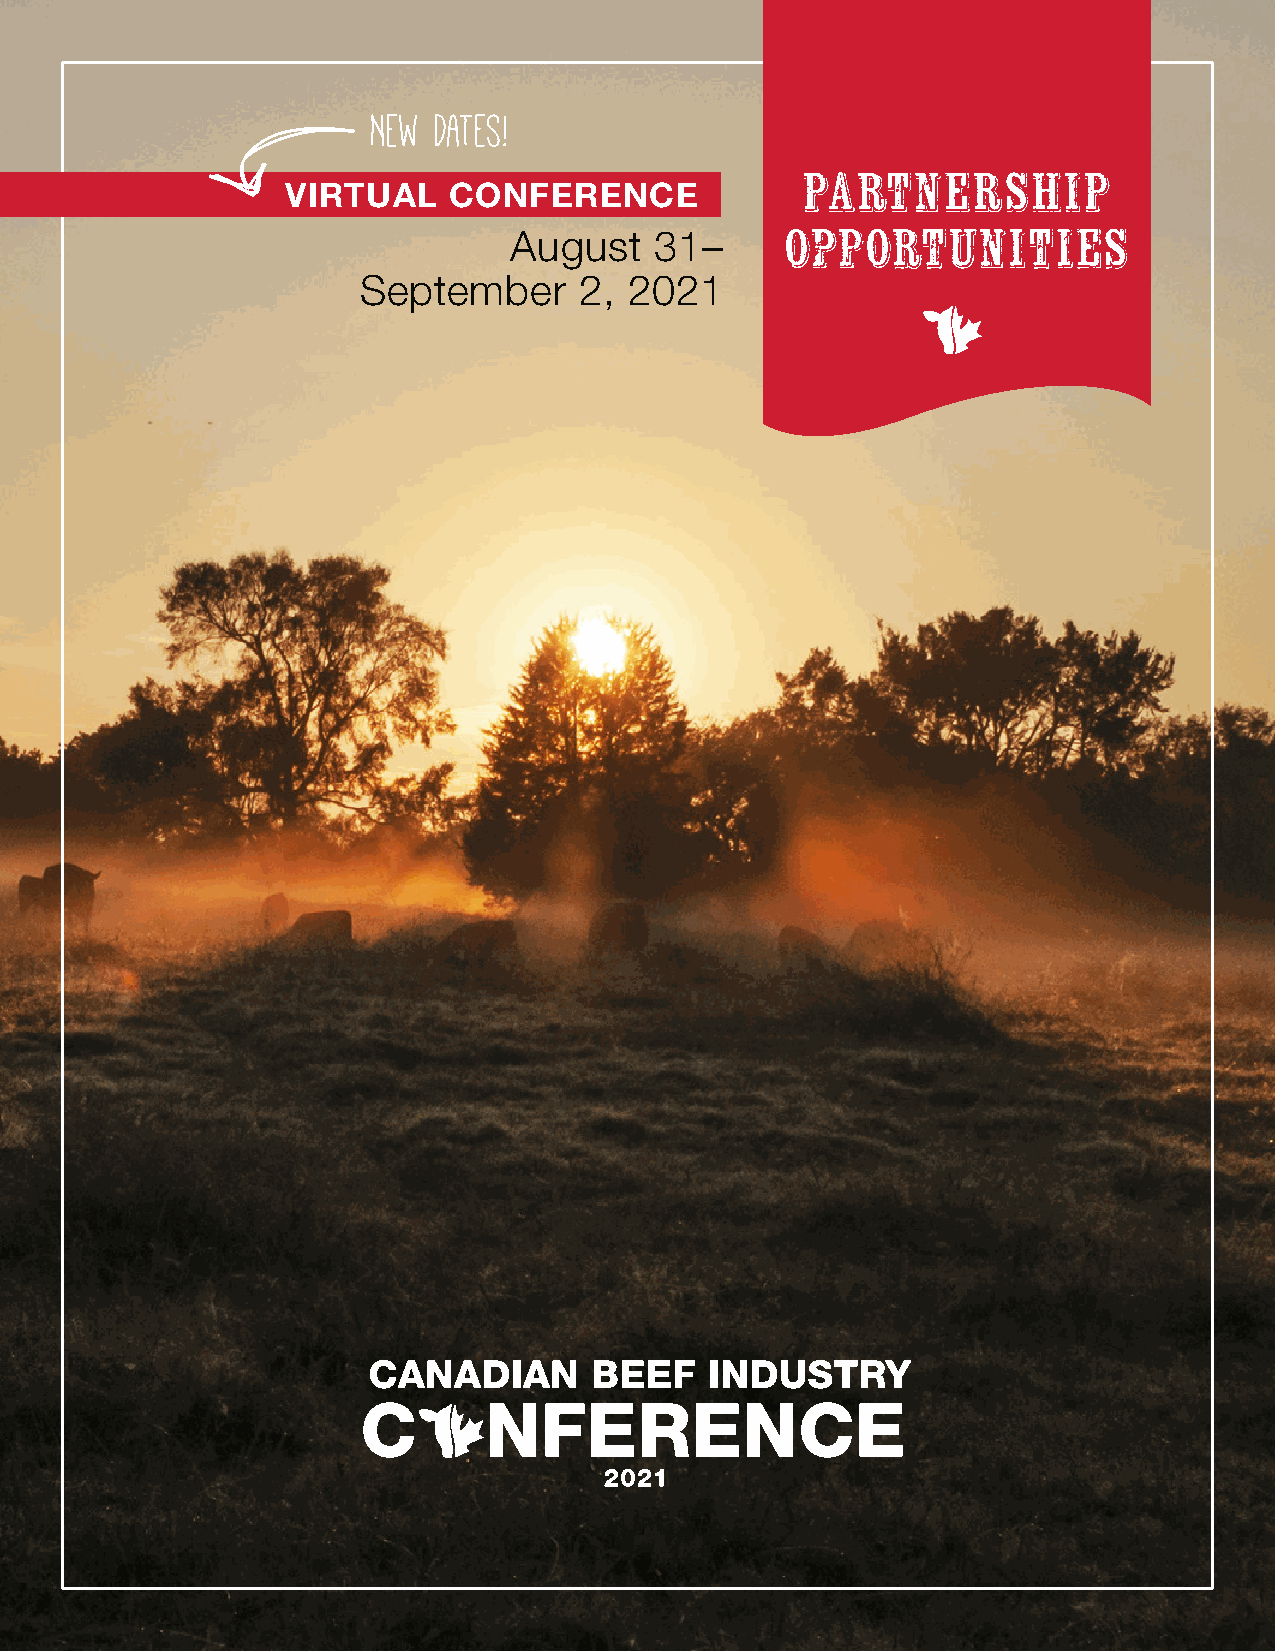
New Dates!
 VIRTUAL    CONFERENCE             PARTNERSHIP
 August   31–      OPPORTUNITIES
 September     2,  2021